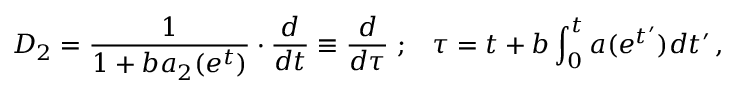
{ \cal D } _ { 2 } = \frac { 1 } { 1 + b a _ { 2 } ( e ^ { t } ) } \cdot \frac { d } { d t } \equiv \frac { d } { d \tau } \; ; \; \; \; \tau = t + b \int _ { 0 } ^ { t } a ( e ^ { t ^ { \prime } } ) d t ^ { \prime } \, ,